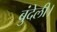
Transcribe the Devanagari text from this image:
बुंदेली।